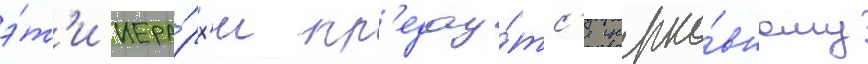
э́т'и иера́рх'и пр'едау́тс'я церко́вному